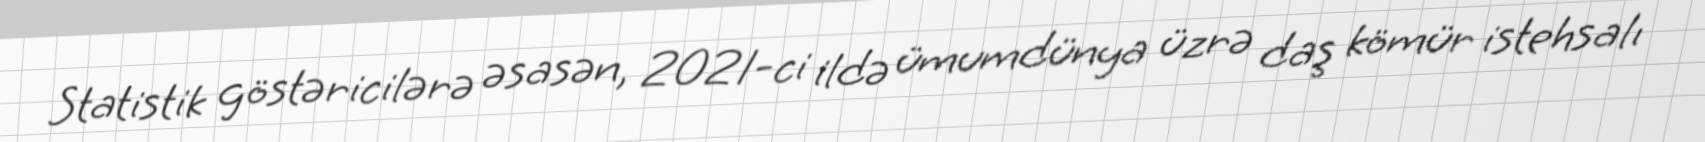
Statistik göstəricilərə əsasən, 2021-ci ildə ümumdünya üzrə daş kömür istehsalı